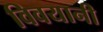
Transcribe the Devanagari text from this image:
विवयानी